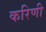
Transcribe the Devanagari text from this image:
करिणी